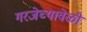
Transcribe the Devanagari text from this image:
गरजेच्यावेळी